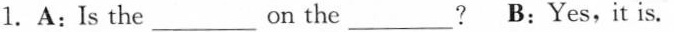
1.A:Is the___on the_? B:Yes,it is.